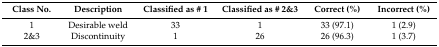
<table><thead><tr><td><b>Class No.</b></td><td><b>Description</b></td><td><b>Classified as # 1</b></td><td><b>Classified as # 2&amp;3</b></td><td><b>Correct (%)</b></td><td><b>Incorrect (%)</b></td></tr></thead><tbody><tr><td>1</td><td>Desirable weld</td><td>33</td><td>1</td><td>33 (97.1)</td><td>1 (2.9)</td></tr><tr><td>2&amp;3</td><td>Discontinuity</td><td>1</td><td>26</td><td>26 (96.3)</td><td>1 (3.7)</td></tr></tbody></table>